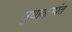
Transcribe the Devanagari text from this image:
सुधाकरपंत